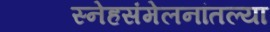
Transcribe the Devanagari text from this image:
स्नेहसंमेलनांतल्या